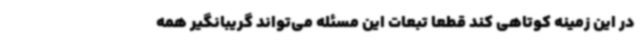
در این زمینه کوتاهی کند قطعا تبعات این مسئله می‌تواند گریبانگیر همه